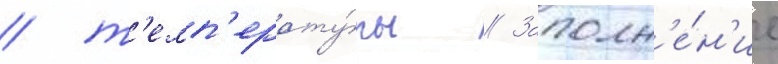
/ т'емп'ерату́ры // Заполн'е́н'ие